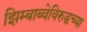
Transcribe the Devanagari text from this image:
झिम्बाब्वेविरुद्धच्या